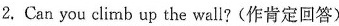
2.Can you climb up the wall?(作肯定回答)